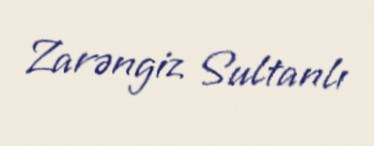
Zarəngiz Sultanlı